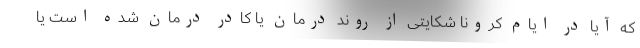
که آیا در ایام کرونا شکایتی از روند درمان یا کادر درمان شده است یا